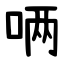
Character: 唡